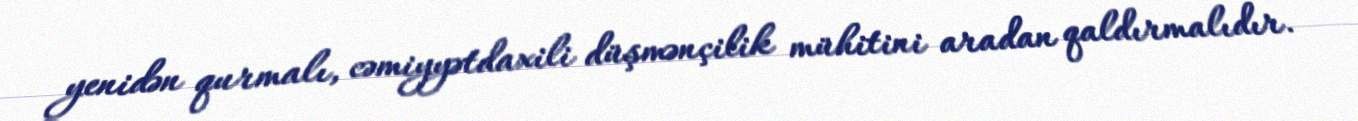
yenidən qurmalı, cəmiyyətdaxili düşmənçilik mühitini aradan qaldırmalıdır.